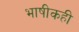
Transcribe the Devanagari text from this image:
भाषीकही